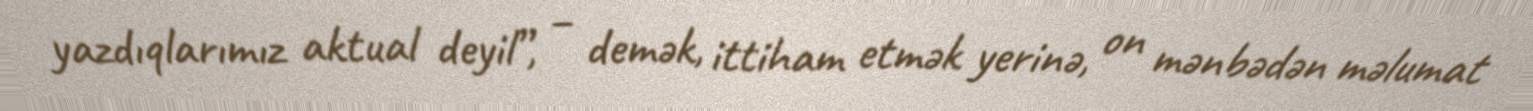
yazdıqlarımız aktual deyil”, – demək, ittiham etmək yerinə, on mənbədən məlumat